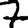
Digit: 7